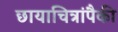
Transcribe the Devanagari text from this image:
छायाचित्रांपैकी